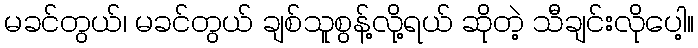
မခင်တွယ်၊ မခင်တွယ် ချစ်သူစွန့်လို့ရယ် ဆိုတဲ့ သီချင်းလိုပေါ့။